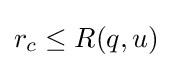
r_{c}\leq R(q,u)